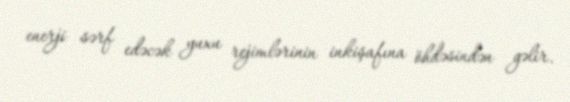
enerji sərf edəcək yuxu rejimlərinin inkişafına öhdəsindən gəlir.